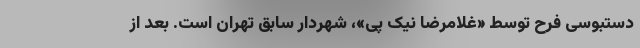
دستبوسیِ فرح توسط «غلامرضا نیک پی»، شهردار سابق تهران است. بعد از